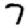
Digit: 7